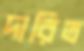
দারিত